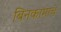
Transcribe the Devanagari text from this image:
बिनकामाचे